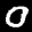
Label: 0